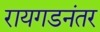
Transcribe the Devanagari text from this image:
रायगडनंतर